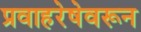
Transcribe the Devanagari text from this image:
प्रवाहरेषेवरून